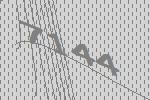
7144